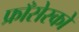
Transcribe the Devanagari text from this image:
फ्राँसेस्को